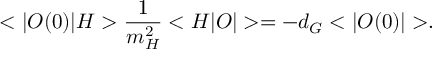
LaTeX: \displaystyle { < | { \cal O } ( 0 ) | H > \frac { 1 } { m _ { H } ^ { 2 } } < H | { \cal O } | > = - d _ { G } < | { \cal O } ( 0 ) | > } .